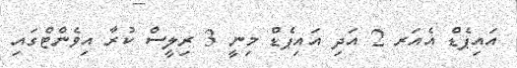
އައިޕެޑް އެއަރ 2 އަދި އައިޕެޑް މިނީ 3 ރިލީސް ކުރާ އިވެންޓްގައި